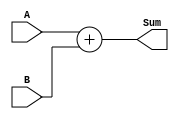
module CarrySkipLookAheadAdder (
    input wire [31:0] A, B,
    output wire [31:0] Sum
);

// Calculate Sum
assign Sum = A + B;

endmodule